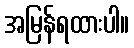
အမြန်ရထားပါ။